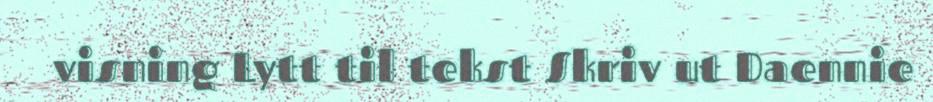
visning Lytt til tekst Skriv ut Daennie